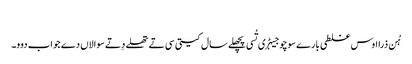
‏
ہُن ذرا اوس غلطی بارے سوچو جیہڑ‌ی تُسی پچھلے سال کیتی سی تے تھلے دِتے سوالاں دے جواب دوو۔